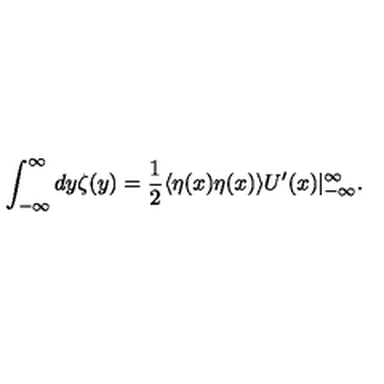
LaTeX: \int _ { - \infty } ^ { \infty } d y \zeta ( y ) = \frac { 1 } { 2 } \langle \eta ( x ) \eta ( x ) \rangle U ^ { \prime } ( x ) | _ { - \infty } ^ { \infty } .